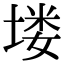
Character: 𪣻